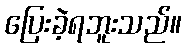
ပြေးခဲ့ရဘူးသည်။